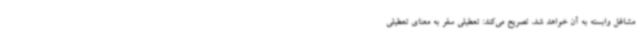
مشاغل وابسته به آن خواهد شد، تصریح می‌کند: تعطیلی سفر به معنای تعطیلی